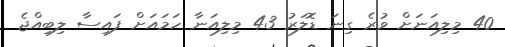
40 މިލިއަނަށް ވުރެ ގިނަ ޑޮލަރު 43 މިލިއަނާ ހަމައަށް ފައިސާ ލިބިއްޖެ